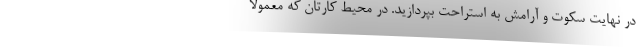
در نهایت سکوت و آرامش به استراحت بپردازید. در محیط کارتان که معمولا